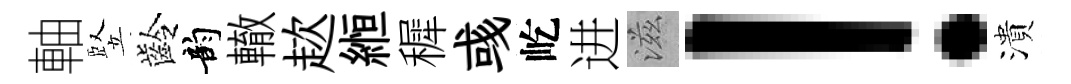
軸竪齡韵轍趑縆穉彧屹进滋！潰